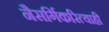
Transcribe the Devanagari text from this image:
नैसर्गिकरित्याही